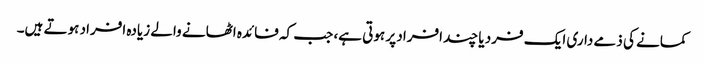
کمانے کی ذمے داری ایک فرد یا چند افراد پر ہوتی ہے، جب کہ فائدہ اٹھانے والے زیادہ افراد ہوتے ہیں۔